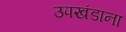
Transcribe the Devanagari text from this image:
उपखंडाना